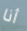
أنا